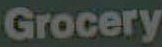
Grocery